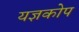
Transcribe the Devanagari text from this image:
यज्ञकोप